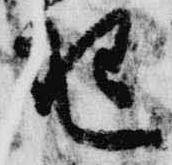
琴